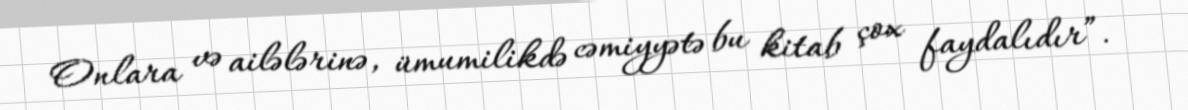
Onlara və ailələrinə, ümumilikdə cəmiyyətə bu kitab çox faydalıdır”.